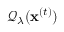
\mathcal { Q } _ { \lambda } ( \mathbf { x } ^ { ( t ) } )